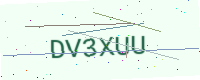
Text: DV3XUU